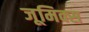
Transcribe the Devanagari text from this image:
जूमिक्स